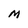
Character: M